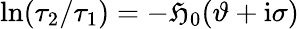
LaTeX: \ln(\tau_{2}/\tau_{1})=-\mathfrak{H}_{0}(\vartheta+\mathrm{{i}}\sigma)